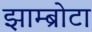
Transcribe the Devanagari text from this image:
झाम्ब्रोटा